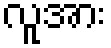
လူအား